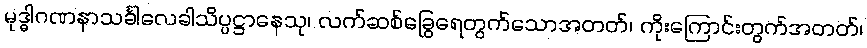
မုဒ္ဓါဂဏနာသင်္ခါလေခါသိပ္ပဋ္ဌာနေသု၊ လက်ဆစ်ခြွေရေတွက်သောအတတ်၊ ကိုးကြောင်းတွက်အတတ်၊